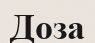
Доза